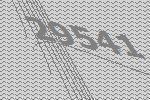
29541